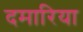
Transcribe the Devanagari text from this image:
दमारिया